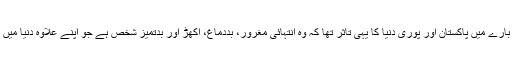
1987 تک عمران خان کے بارے میں پاکستان اور پوری دنیا کا یہی تاثر تھا کہ وہ انتہائی مغرور، بددماغ، اکھڑ اور بدتمیز شخص ہے جو اپنے علاوہ دنیا میں کسی کو خاطر میں نہیں لاتا۔